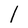
Character: I